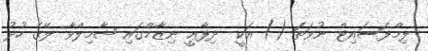
ލިމްފަސައިޓް ނުވަތަ () އަކީ  ދިފާޢީ ނިޒާމްގައި ޝާމިލްވާ ލޭގެ ހުދު